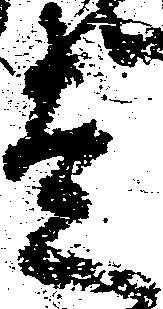
走